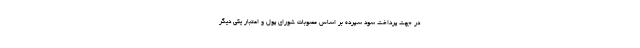
در جهت پرداخت سود سپرده بر اساس مصوبات شورای پول و اعتبار یکی دیگر